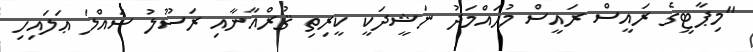
"މިޕާޓީގެ ރައީސް ރައީސް މުޙައްމަދު ނަޝީދަކީ ކީރިތި ޤުރްއާނާއި ރަސޫލު ސައްލަ ޢަލައިހި